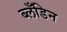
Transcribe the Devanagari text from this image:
ब्लँडिन